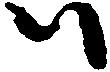
ハ